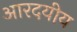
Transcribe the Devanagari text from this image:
आरदयीय